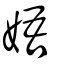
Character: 娪